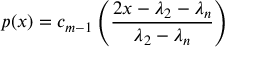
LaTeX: p ( x ) = c _ { m - 1 } \left( { \frac { 2 x - \lambda _ { 2 } - \lambda _ { n } } { \lambda _ { 2 } - \lambda _ { n } } } \right)